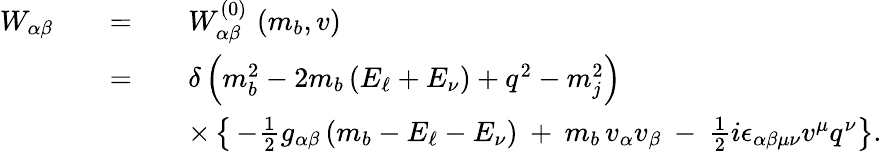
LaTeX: \begin{array}{rcl}{{W_{\alpha\beta}}}&{{\quad=\quad}}&{{W_{\alpha\beta}^{(0)}\, \left(m_{b},v\right)}}\\ {{}}&{{\quad=\quad}}&{{\delta\left(m_{b}^{2}-2m_{b}\left(E_{\ell}+E_{\nu}\right)+q^{2}-m_{j}^{2}\right)}}\\ {{}}&{{}}&{{\times\left\{ \, -{\frac{1}{2}}g_{\alpha\beta}\left(m_{b}-E_{\ell}-E_{\nu}\right)\: +\: m_{b}\, v_{\alpha}v_{\beta}\: -\: {\frac{1}{2}}i\epsilon_{\alpha\beta\mu\nu}v^{\mu}q^{\nu}\right\} .}}\end{array}